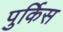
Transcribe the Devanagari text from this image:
पुर्किस